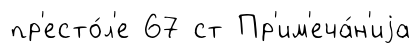
пр'есто́л'е 67 ст Пр'им'еча́н'иjа